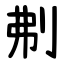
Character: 刜